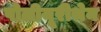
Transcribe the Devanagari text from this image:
पोलीयूरीथेन